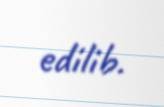
edilib.